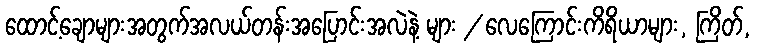
ထောင့်ချောများအတွက်အလယ်တန်းအပြောင်းအလဲနဲ့ များ / လေကြောင်းကိရိယာများ, ကြိတ်,